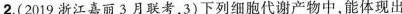
2.(2019浙江嘉丽3月联考，3)下列细胞代谢产物中，能体现出